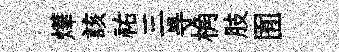
燁該祐三㝵桷肢囿